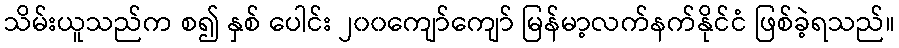
သိမ်းယူသည်က စ၍ နှစ် ပေါင်း ၂၀၀ကျော်ကျော် မြန်မာ့လက်နက်နိုင်ငံ ဖြစ်ခဲ့ရသည်။